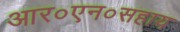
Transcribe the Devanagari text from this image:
आर०एन०सहाय